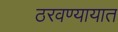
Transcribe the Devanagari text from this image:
ठरवण्यायात